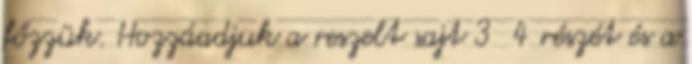
főzzük. Hozzáadjuk a reszelt sajt 3 4 részét és a